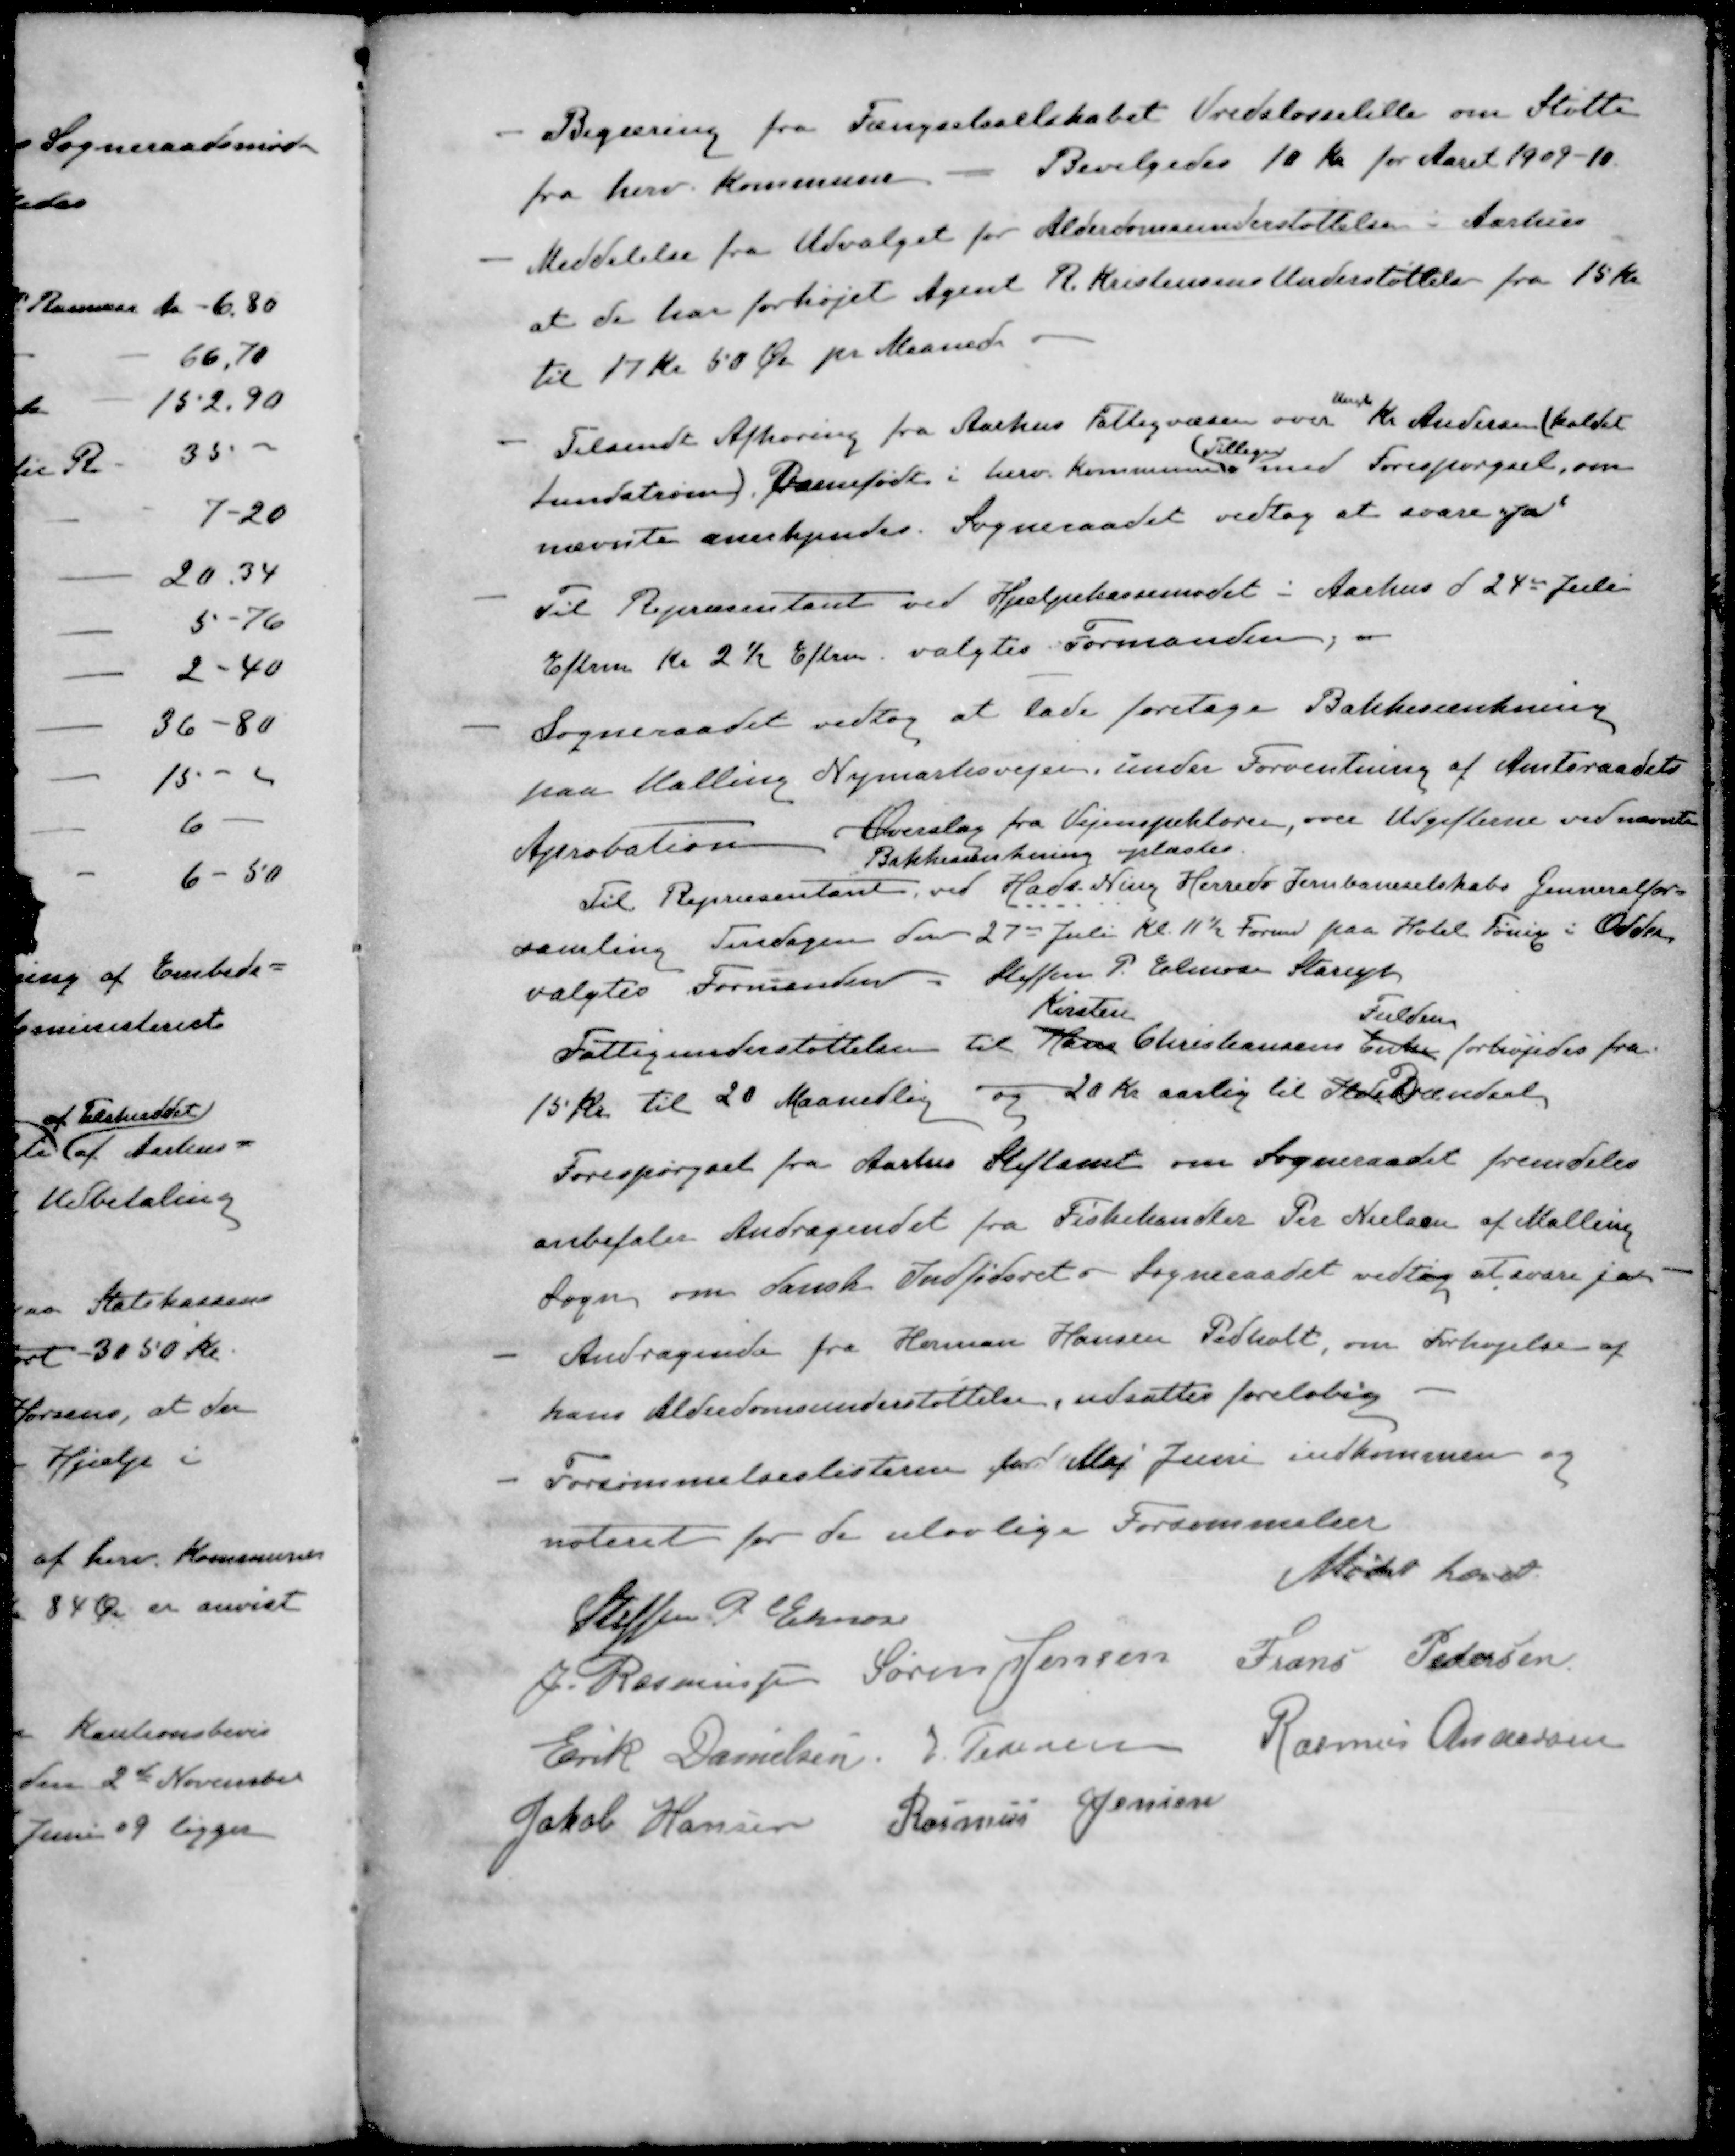
Transskription:
- Begæring fra Fængselsselskabet Vredsløsselille om Støtte
fra herv. Kommune - Bevilgedes 10 Kr for Aaret 1909-10
- Meddelelse fra Udvalget for Alderdomsunderstøttelse i Aarhus
at de har forhøjet Agent R. Kristensens Understøttelse fra 15 Kr
til 17 kr 50 Øre pr Maaned.
- Tilsendt Afhøring fra Aarhus Fattigvæsen over Ungk Kr. Andersen kaldet
Tillige
Lundstrøm). Barnefødt i herv. Kommune med Forespørgsel, om
nævnte anerkjendes. Sogneraadet vedtog at svare ja
- Til Repræsentant ved Hjælpekassemødet i Aarhus d 24de Juli
Efterm Kl 2½ Efterm. valgtes Formanden
- Sogneraadet vedtog at lade foretage Bakkesænkning
paa Halling Nymarksvejen, under Forventning af Amtsraadets
Aprobation Overslag fra Vejinspektøren, over Udgifterne ved nævnte
Bakkesænkning oplæstes.
Til Repræsentant ved Hads Ning Herreds Jernbaneselskabs Genneralfor-
samling Tirsdagen den 27de Juli Kl. 11½ Formd paa Hotel Førix i Odder
valgtes Formanden Steffen P. Elmose Starup
Kirsten
Fulden
Fattigunderstøttelsen til Hans Christiansens Enke forhøjedes fra
15 kr til 20 Maanedlig og 20 Kr aarlig til IldeBrændsel
Forespørgsel fra Aarhus Stiftamt om Sogneraadet fremdeles
anbefaler Andragendet fra Fiskehandler Per Nielsen af Malling
Sogn om danske Indfødsret og Sogneraadet vedtog at svare ja
- Andragende fra Herman Hansen Pedholt, om Forhøjelse af
hans Alderdomsunderstøttelse, udsattes foreløbig
- Forsømmelseslisterne for Maj Juni indkommen og
noteret for de ulovlige Forsømmelser
Mødet hævet
Steffen P. Elmose
J Rasmussen
Søren Jensen
Frans Pedersen
Erik Danielsen
J Pedersen
Rasmus Andersen
Jakob Hansen
Rasmus Jensen